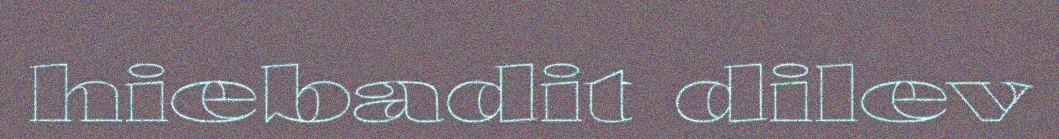
hiebadit dilev